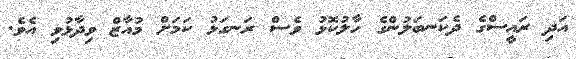
އަދި ރައީސްގެ ދެކަނބަލުންގެ ހާލުކޮޅު ވެސް ރަނގަޅު ކަމަށް މުއާޒް ވިދާޅުވި އެވެ.